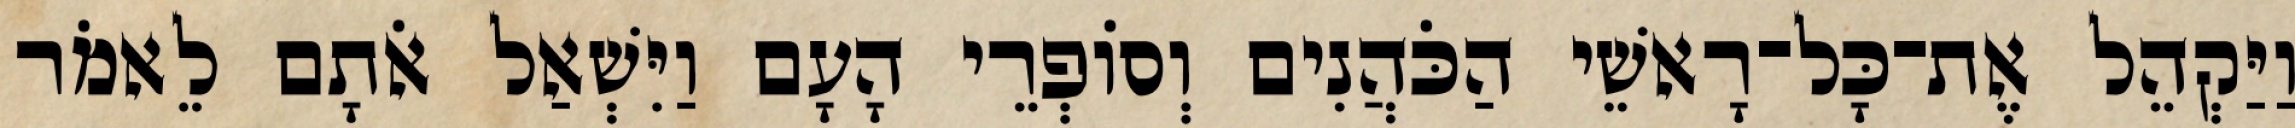
וַיַּקְהֵל אֶת־כָּל־רָאשֵׁי הַכֹּהֲנִים וְסוֹפְרֵי הָעָם וַיִּשְׁאַל אֹתָם לֵאמֹר